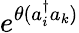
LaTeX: e^{\theta(a_{i}^{\dagger}{}a_{k})}